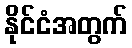
နိုင်ငံအတွက်